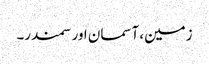
زمین، آسمان اور سمندر۔